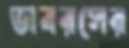
ভাবরসের